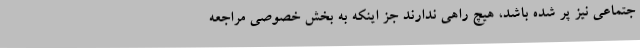
جتماعی نیز پر شده باشد، هیچ راهی ندارند جز اینکه به بخش خصوصی مراجعه